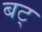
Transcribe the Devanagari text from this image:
बट्